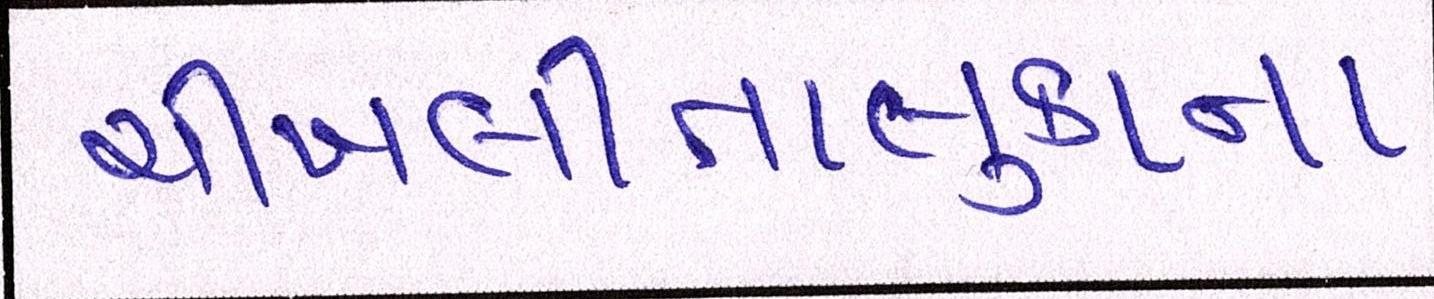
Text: ચીખલીતાલુકાના